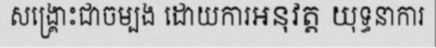
សង្គ្រោះជាចម្បង ដោយការអនុវត្ត យុទ្ធនាការ